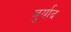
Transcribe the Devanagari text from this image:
बुर्याद